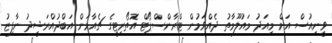
ވީނިއުސް އަށް މިއަދު މައުލޫމާތު ދެއްވަމުން ޓްރާންސްޕޯޓް އޮތޯރިޓީގެ ޗެއާމަން އަބްދުއްރަޝީދު ނާފިޒު